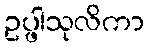
ဥပ္ဖါသုလိကာ